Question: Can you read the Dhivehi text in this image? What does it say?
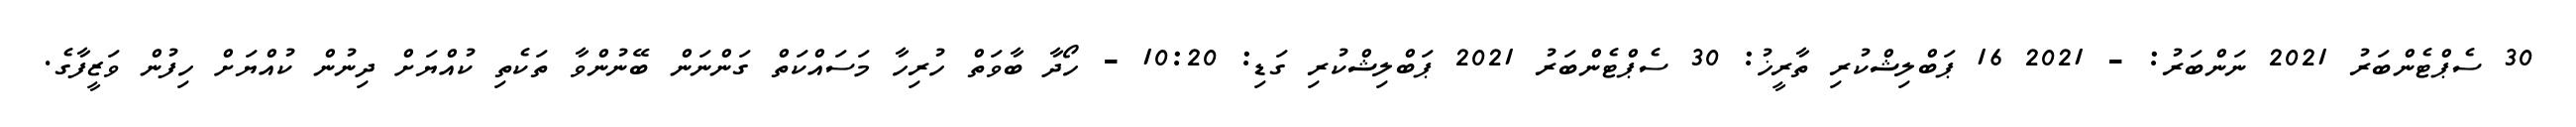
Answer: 30 ސެޕްޓެންބަރު 2021 ނަންބަރު: - 2021 16 ޕަބްލިޝްކުރި ތާރީޚު: 30 ސެޕްޓެންބަރު 2021 ޕަބްލިޝްކުރި ގަޑި: 10:20 - ހޯދާ ބާވަތް ހުރިހާ މަސައްކަތް ގަންނަން ބޭނުންވާ ތަކެތި ކުއްޔަށް ދިނުން ކުއްޔަށް ހިފުން ވަޒީފާގެ.